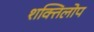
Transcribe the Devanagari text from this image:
शक्तिलोप